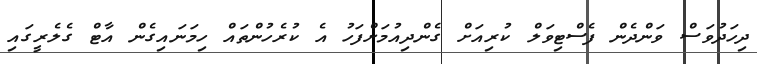
ދިހަދުވަސް ވަންދެން ފެސްޓިވަލް ކުރިއަށް ގެންދިއުމަށްފަހު އެ ކުރެހުންތައް ހިމަނައިގެން އާޓް ގެލެރީގައި